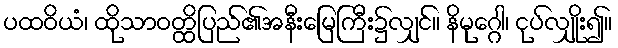
ပထဝိယံ၊ ထိုသာဝတ္ထိပြည်၏အနီးမြေကြီး၌လျှင်။ နိမုဂ္ဂေါ၊ ငုပ်လျှိုး၍။